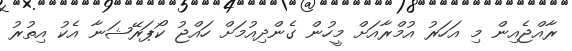
ރާއްޖެއިން މި އަހަރު އުމްރާއަށް މީހުން ގެންދިއުމަށް ހައްޖު ކޯޕަރޭޝަނާ އެކު އިތުރު